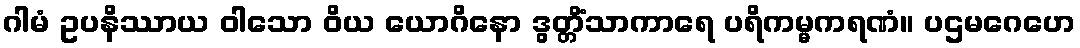
ဂါမံ ဥပနိဿာယ ဝါသော ဝိယ ယောဂိနော ဒွတ္တိံသာကာရေ ပရိကမ္မကရဏံ။ ပဌမဂေဟေ